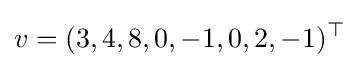
v=(3,4,8,0,-1,0,2,-1)^{\top }